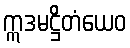
ဣဒမဋ္ဌိတံယေဝ